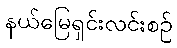
နယ်မြေရှင်းလင်းစဉ်